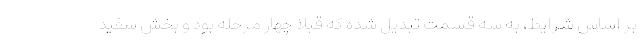
بر اساس شرایط، به سه قسمت تبدیل شده که قبلا چهار مرحله بود و بخش سفید